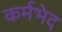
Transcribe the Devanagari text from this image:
कर्मभेद